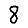
Digit: 8